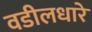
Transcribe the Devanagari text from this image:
वडीलधारे